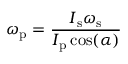
{ \boldsymbol { \omega } } _ { \mathrm { p } } = { \frac { { \boldsymbol { I } } _ { \mathrm { s } } { \boldsymbol { \omega } } _ { \mathrm { s } } } { { \boldsymbol { I } } _ { \mathrm { p } } \cos ( { \boldsymbol { \alpha } } ) } }